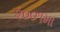
૨૦૦૧મા